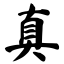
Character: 真